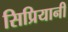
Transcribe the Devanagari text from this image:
सिप्रियानी